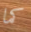
كما